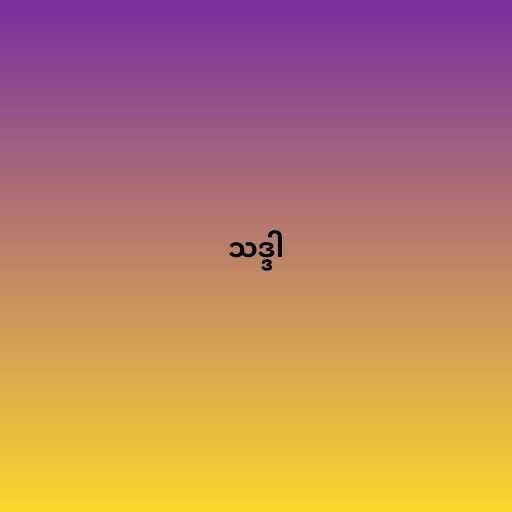
သဒ္ဒါ